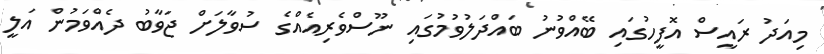
މިއަދު ރައީސް އޮފީހުގައި ބޭއްވުނު ބައްދަލުވުމުގައި ނޫސްވެރިއެއްގެ ސުވާލަށް ޖަވާބު ދެއްވަމުން އަލީ